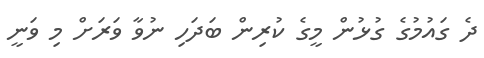
ދެ ގައުމުގެ ގުޅުން މީގެ ކުރިން ބަދަހި ނުވާ ވަރަށް މި ވަނީ